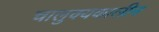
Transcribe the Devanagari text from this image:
चालुक्‍यकालीन